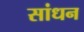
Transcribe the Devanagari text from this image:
सांधन